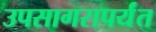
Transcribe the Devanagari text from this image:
उपसागरापर्यंत